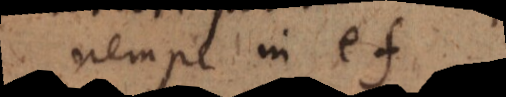
nempe in ef